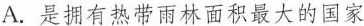
A.是拥有热带雨林面积最大的国家